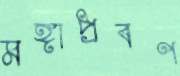
মঙ্গাপ্রবণ